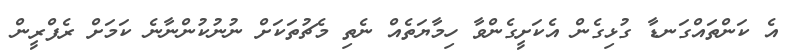
އެ ކަންތައްގަނޑާ ގުޅިގެން އެކަށީގެންވާ ހިމާޔަތެއް ނެތި މެޗުތަކަށް ނުނުކުންނާނެ ކަމަށް ރެފްރީން